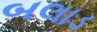
બલાડ